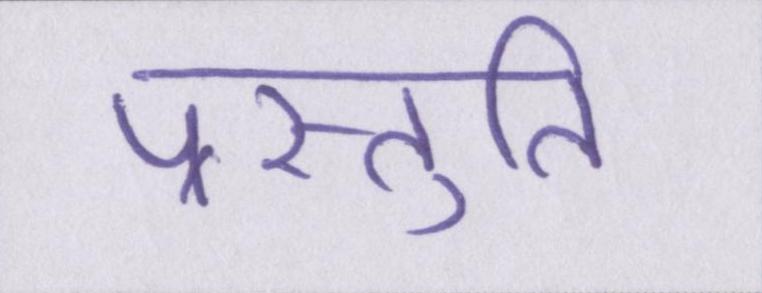
प्रस्तुति